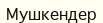
Мушкендер